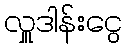
လှူဒါန်းငွေ